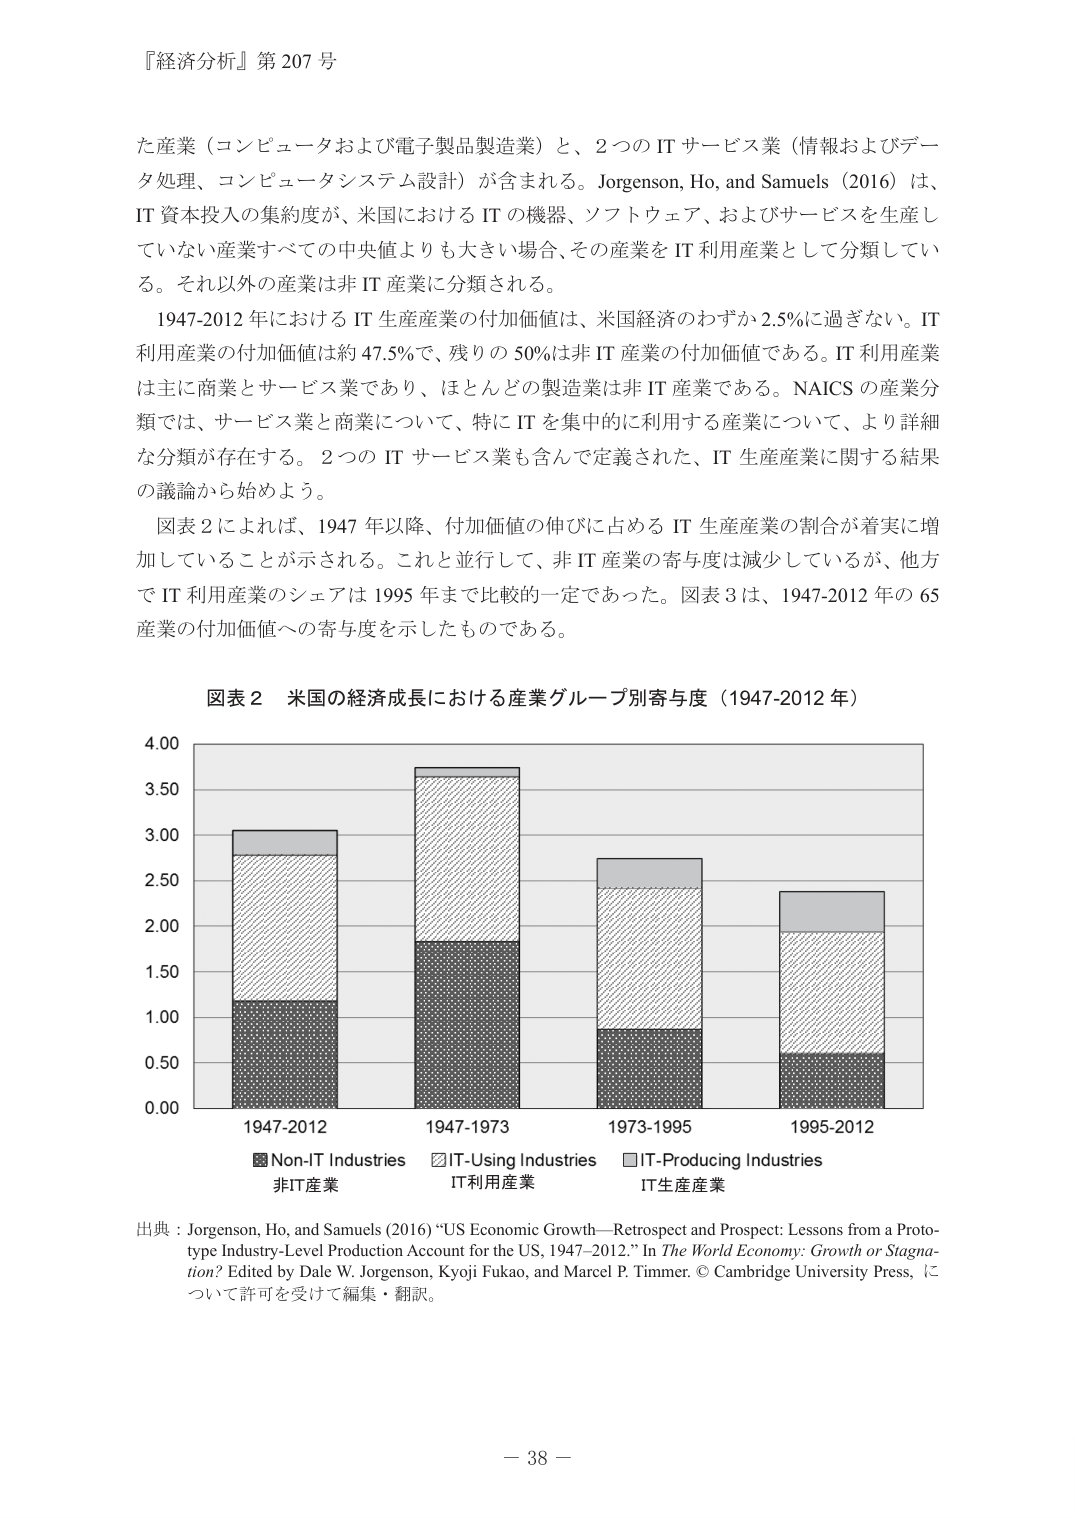
『経済分析』第 207 号

た産業（コンピュータおよび電子製品製造業）と、2つのITサービス業（情報およびデータ処理、コンピュータシステム設計）が含まれる。Jorgenson, Ho, and Samuels (2016) は、IT資本投入の集約度が、米国におけるITの機器、ソフトウェア、およびサービスを生産していない産業すべての中央値よりも大きい場合、その産業をIT利用産業として分類している。それ以外の産業は非IT産業に分類される。

1947-2012年におけるIT生産産業の付加価値は、米国経済のわずか2.5％に過ぎない。IT利用産業の付加価値は約47.5％で、残りの50％は非IT産業の付加価値である。IT利用産業は主に商業とサービス業であり、ほとんどの製造業は非IT産業である。NAICSの産業分類では、サービス業と商業について、特にITを集中的に利用する産業について、より詳細な分類が存在する。2つのITサービス業も含んで定義された、IT生産産業に関する結果の議論から始めよう。

図表2によれば、1947年以降、付加価値の伸びに占めるIT生産産業の割合が着実に増加していることが示される。これと並行して、非IT産業の寄与度は減少しているが、他方でIT利用産業のシェアは1995年まで比較的一定であった。図表3は、1947-2012年の65産業の付加価値への寄与度を示したものである。

図表2 米国の経済成長における産業グループ別寄与度（1947-2012年）

4.00
3.50
3.00
2.50
2.00
1.50
1.00
0.50
0.00

1947-2012  1947-1973  1973-1995  1995-2012

■ Non-IT Industries
□ IT-Using Industries
■ IT-Producing Industries

非IT産業  IT利用産業  IT生産産業

出典：Jorgenson, Ho, and Samuels (2016) “US Economic Growth—Retrospect and Prospect: Lessons from a Prototype Industry-Level Production Account for the US, 1947–2012.” In The World Economy: Growth or Stagnation? Edited by Dale W. Jorgenson, Kyoji Fukao, and Marcel P. Timmer. © Cambridge University Press, について許可を受けて編集・翻訳。

－ 38 －